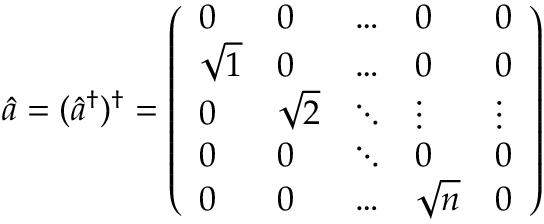
\hat { a } = ( \hat { a } ^ { \dagger } ) ^ { \dagger } = \left( \begin{array} { l l l l l } { 0 } & { 0 } & { \dots } & { 0 } & { 0 } \\ { \sqrt { 1 } } & { 0 } & { \dots } & { 0 } & { 0 } \\ { 0 } & { \sqrt { 2 } } & { \ddots } & { \vdots } & { \vdots } \\ { 0 } & { 0 } & { \ddots } & { 0 } & { 0 } \\ { 0 } & { 0 } & { \dots } & { \sqrt { n } } & { 0 } \end{array} \right)